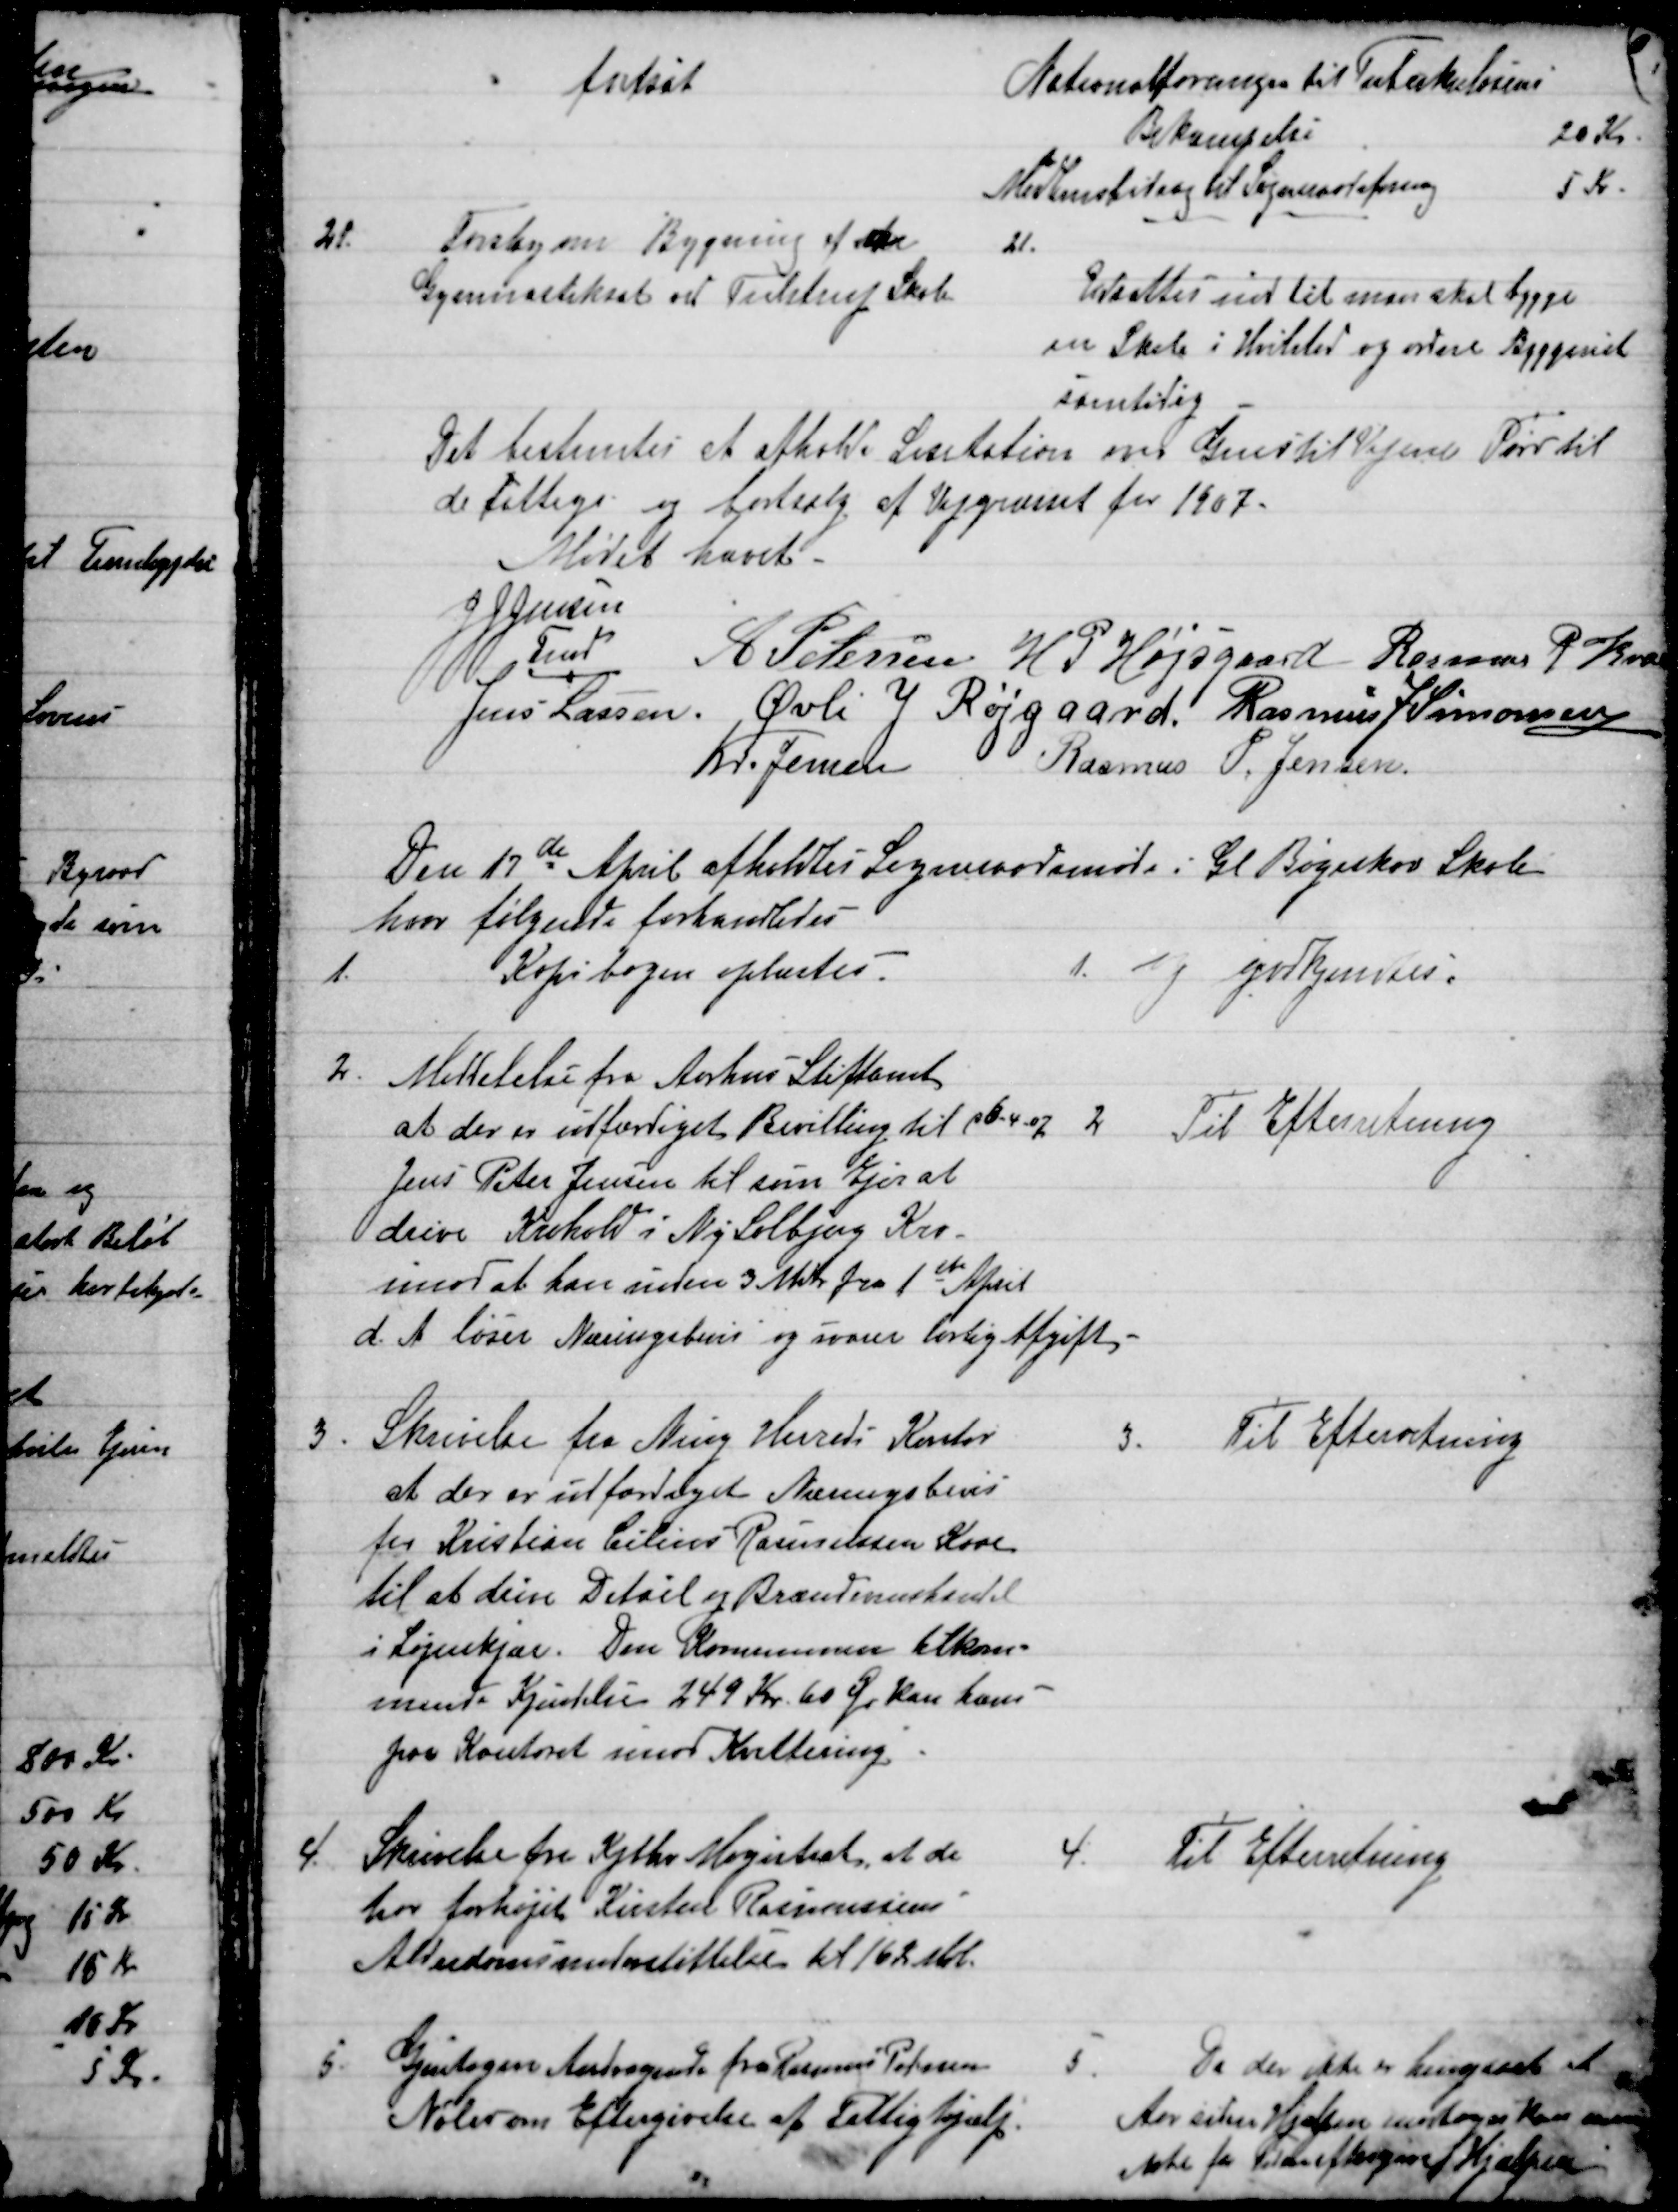
Transskription:
fortsat
Nationalforeningen til Tuberkulosens
Bekæmpelse
20 Kr.
Medlensbidrag til Sogneraadsforening
5Kr
21.
Forslag om Bygning af Ar
Gymnastiksal ved Tulstrups Skole
21.
Udsattes indtil man skal bygge
en Skole i Hvilsted og ordne Byggeriet
samtidig
Det bestemtes et afholde Licitation om Grus til Vejene Tørv til
de Fattige og bortsalg af Vejgræsset for 1907.
Mødet hævet.
JJ Jensen
Fmd
 A Petersen  H P Højsgaard  Rasmus P Krai
Jens Lassen. Øvli J Røjgaard. Rasmus J Simonsen
Kr. Jensen
Rasmus P. Jensen.
Den 17de April afholdtes Sogneraadsmøde i Gl Bøgeskov Skole
hvor følgende forhandledes
1.
Kopibogen oplæstes.
1.
og godkjendtes.
2
Meddelelse fra Aarhus Stiftamt
at der er udfærdiget Bevilling p 6-4-07 
Jens Peter Jensen til som Ejer at
drive Krohold i Ny Solbjerg Kro
imod at han inden 3 Mdr. fra 1ste April
d. A løser Næringsbrev og svarer lovlig Afgift
2
Til Efterretning
3
Skrivelse fra Ning Herreds Kontor
at der er udfærdiget Næringsbevis
for Kristian Cilius Rasmussen Kaae
til at drive Detail og Brændevinshandel
i Løjenkjær. Den Kommunen tilkom-
mende Kjendelse 249 Kr. 60 Øre kan hæves
paa Kontoret imod Kvittering
3.
Til Efterretning
4.
Skrivelse fra Kjbhv Magistrat, at de
har forhøjet Kirsten Rasmussens
Alderdomsunderstøttelse til 162 sbl.
4.
Til Efterretning
5
Gjentagen Andragende fra Rasmus Petersen
Nølev om Eftergivelse af Fattighjælp.
5.
Da der ikke er hengaaet et
Aar siden Hjælpen modtoges kan man
ikke for Tilden eftergive Hjælpen.